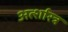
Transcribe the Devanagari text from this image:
अर्त्शास्त्र